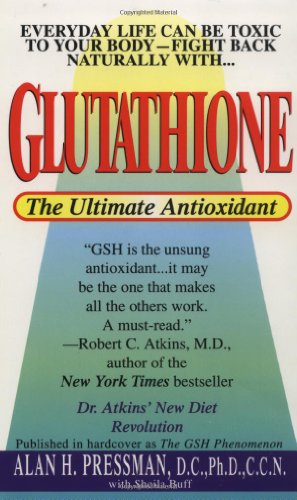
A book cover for Glutathione: The Ultimate Antioxidant; Alan H. Pressman; Health, Fitness & Dieting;